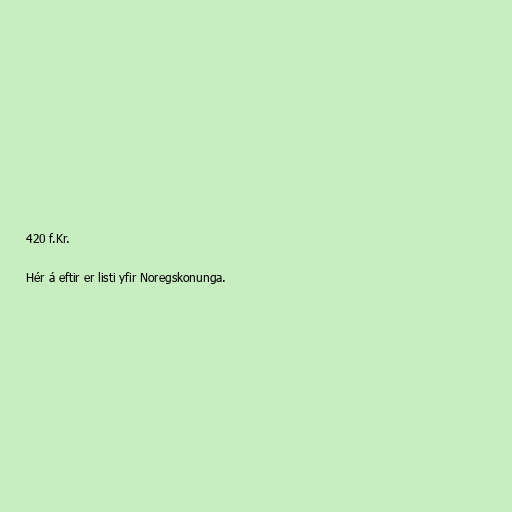
420 f.Kr.

Hér á eftir er listi yfir Noregskonunga.